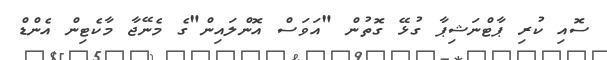
ސޮއި ކުރި ޕާޓްނަޝިޕާ ގުޅޭ ގޮތުން "އަވަސް އޮންލައިން"ގެ މެނޭޖާ މާކެޓިން އެންޑް